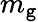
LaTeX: m_{\mathtt{g}}